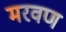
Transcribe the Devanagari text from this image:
मरवण